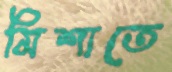
মিশাতে